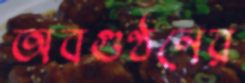
অবগুণ্ঠনের